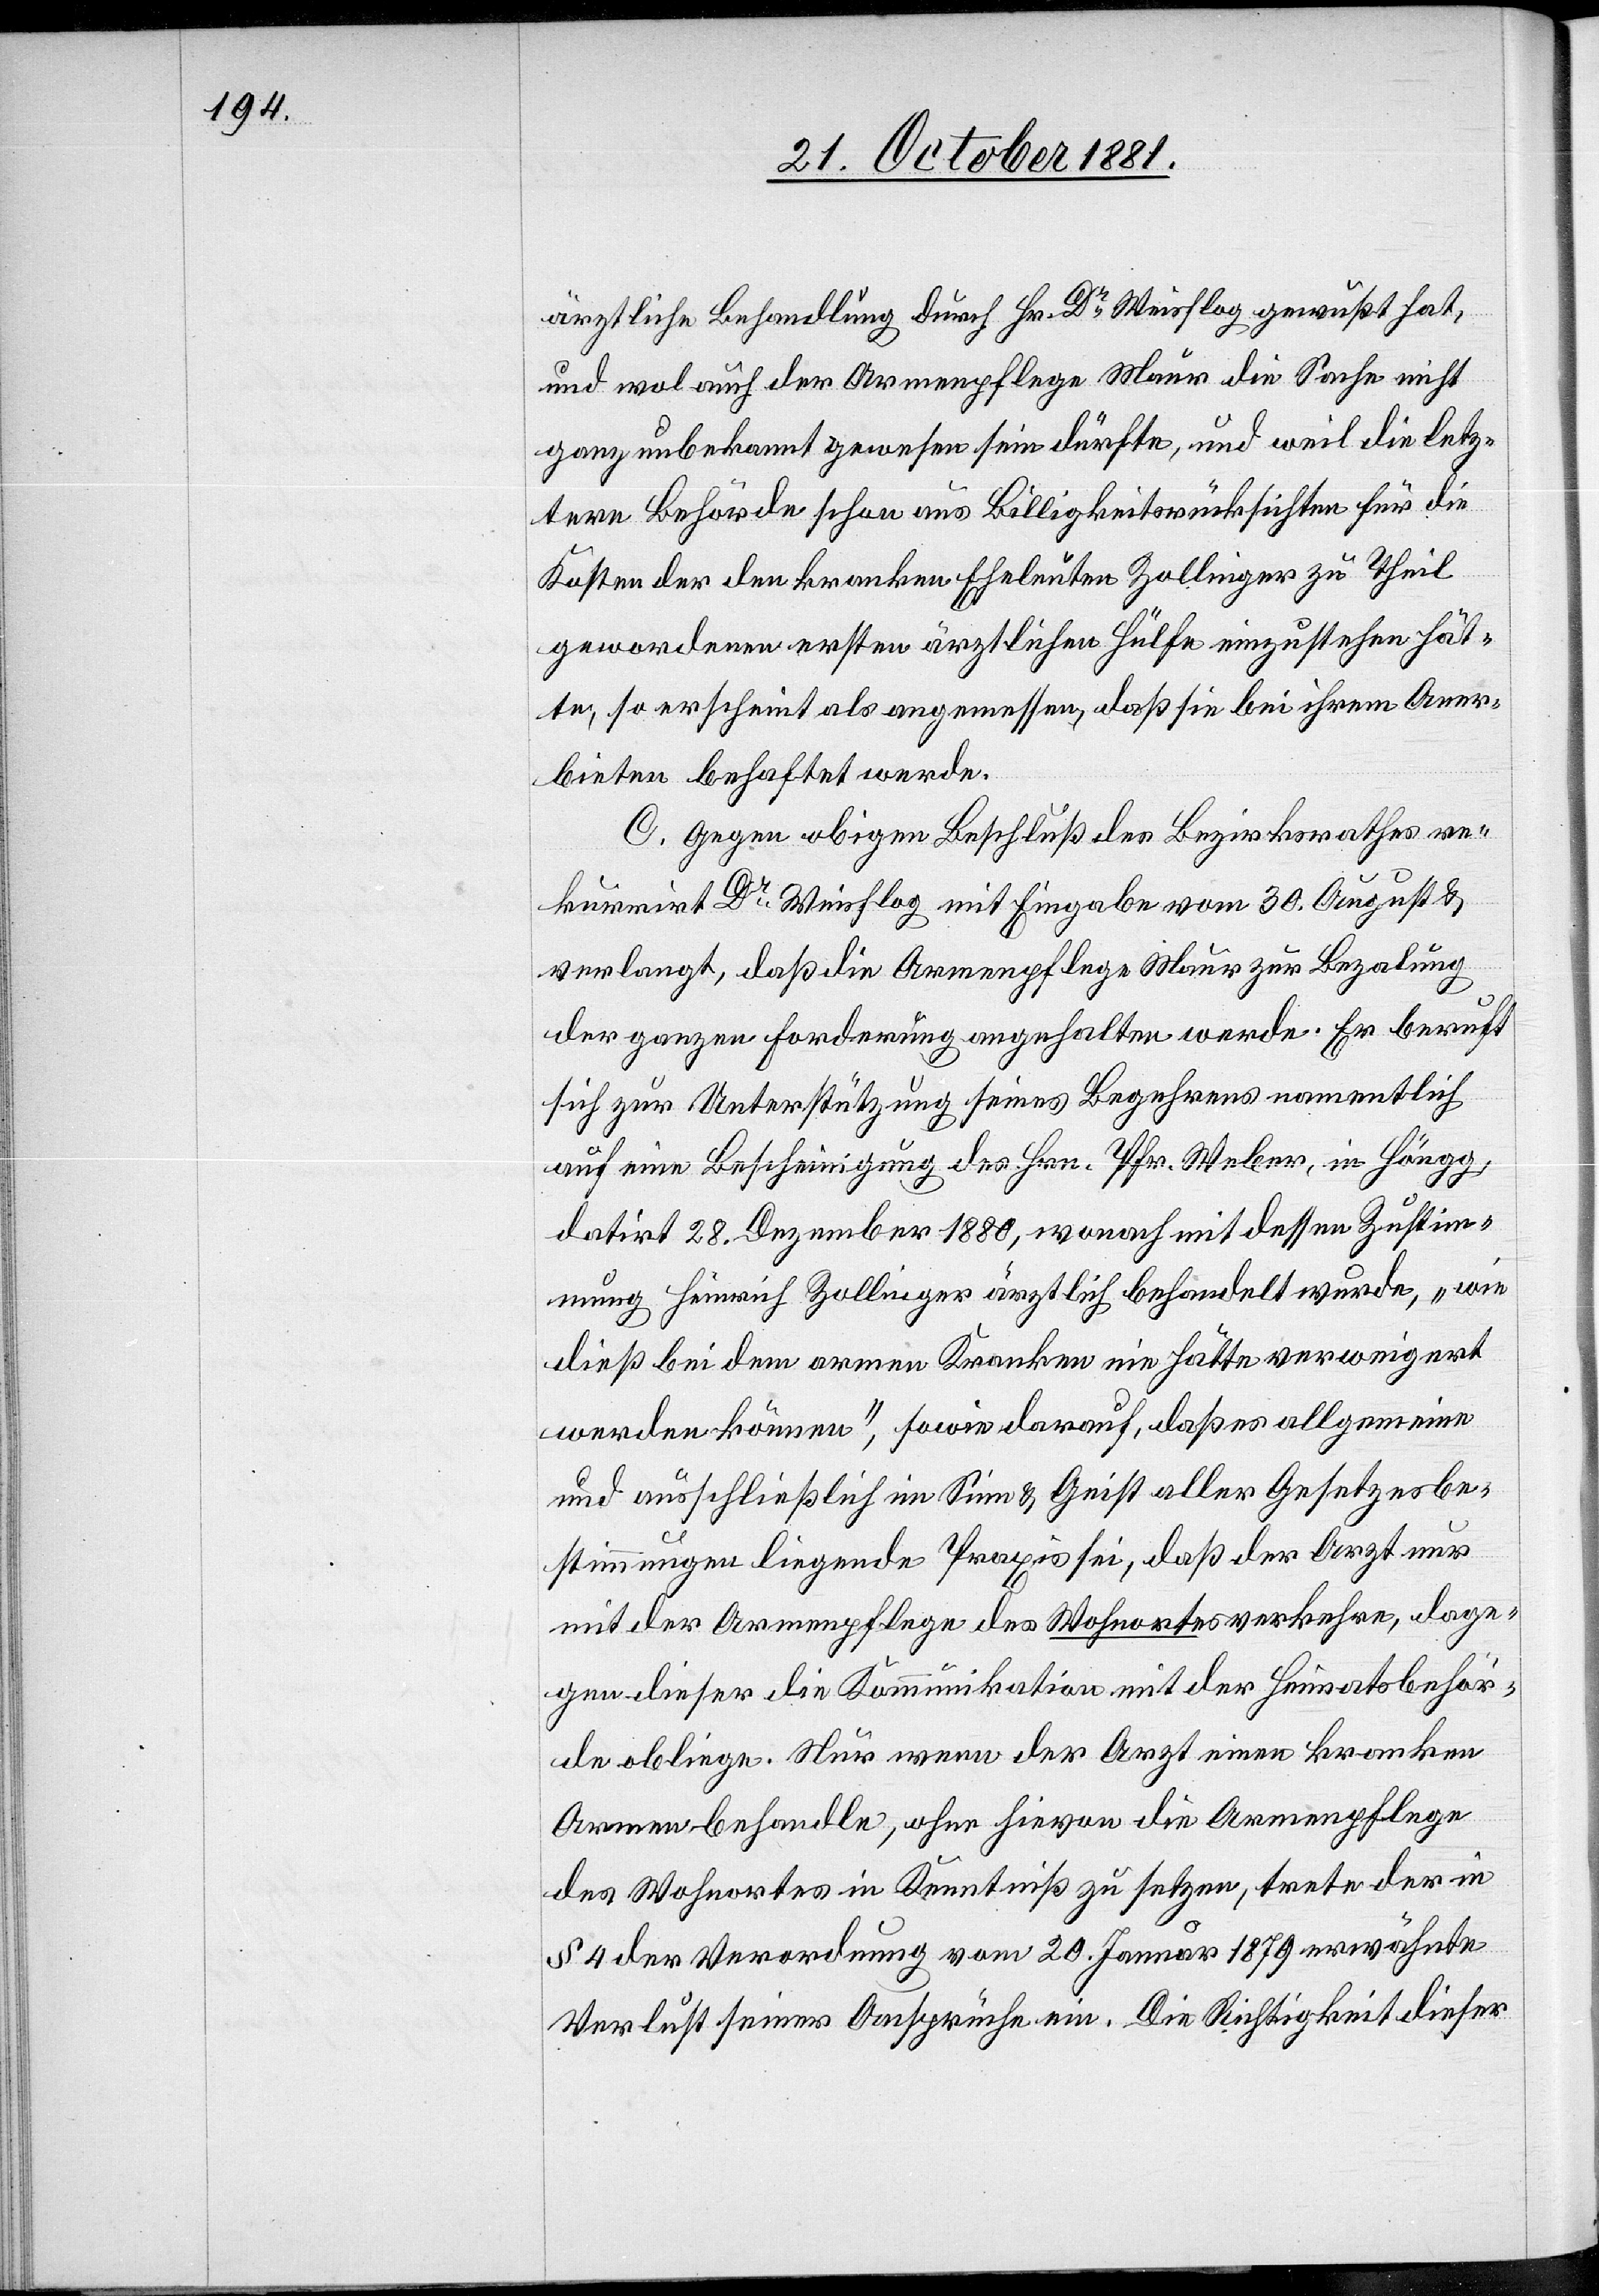
ärztliche Behandlung durch Hr. Dr Weisflog gewußt hat,
und wol auch der Armenpflege Maur die Sache nicht
ganz unbekannt gewesen sein dürfte, und weil die letz¬
tere Behörde schon aus Billigkeitsrücksichten für die
Kosten der den kranken Eheleuten Zollinger zu Theil
gewordenen ersten ärztlichen Hülfe einzustehen hät¬
te, so erscheint als angemessen, daß sie bei ihrem Aner¬
bieten behaftet werde.
C. Gegen obigen Beschluß des Bezirksrathes re¬
kurrirt Dr Weisflog mit Eingabe vom 30. August &
verlangt, daß die Armenpflege Maur zur Bezalung
der ganzen Forderung angehalten werde. Er beruft
sich zur Unterstützung seines Begehrens namentlich
auf eine Bescheinigung des Hrn. Pfr. Weber, in Höngg,
datirt 28. Dezember 1880, wonach mit dessen Zustim¬
mung Heinrich Zollinger ärztlich behandelt wurde, „wie
dieß bei dem armen Kranken nie hätte verweigert
werden können“, sowie darauf, daß es allgemein
und ausschließlich im Sinne & Geist aller Gesetzesbe¬
stimmungen liegende Praxis sei, daß der Arzt nur
mit der Armenpflege des Wohnortes verkehre, dage¬
gen dieser die Kommunikation mit der Heimatsbehör¬
de obliege. Nur wenn der Arzt einen kranken
Armen behandle, ohne hievon die Armenpflege
des Wohnortes in Kenntniß zu setzten, trete der in
§ 4 der Verordnung vom 20. Januar 1879 erwähnte
Verlust seiner Ansprüche ein. Die Richtigkeit dieser